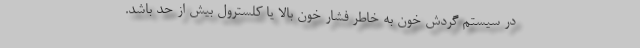
در سیستم گردش خون به خاطر فشار خون بالا یا کلسترول بیش از حد باشد.